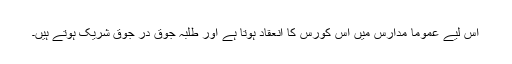
اس لیے عموماً مدارس میں اس کورس کا انعقاد ہوتا ہے اور طلبہ جوق در جوق شریک ہوتے ہیں۔